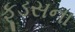
ફૂડસના